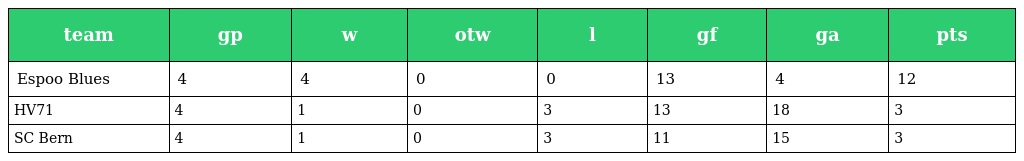
| team | gp | w | otw | l | gf | ga | pts |
 | --- | --- | --- | --- | --- | --- | --- | --- |
 | Espoo Blues | 4 | 4 | 0 | 0 | 13 | 4 | 12 |
 | HV71 | 4 | 1 | 0 | 3 | 13 | 18 | 3 |
 | SC Bern | 4 | 1 | 0 | 3 | 11 | 15 | 3 |